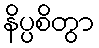
နိပ္ပစိတွာ